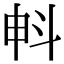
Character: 𣁱